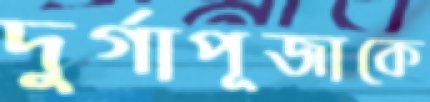
দুর্গাপূজাকে